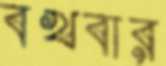
বখবার